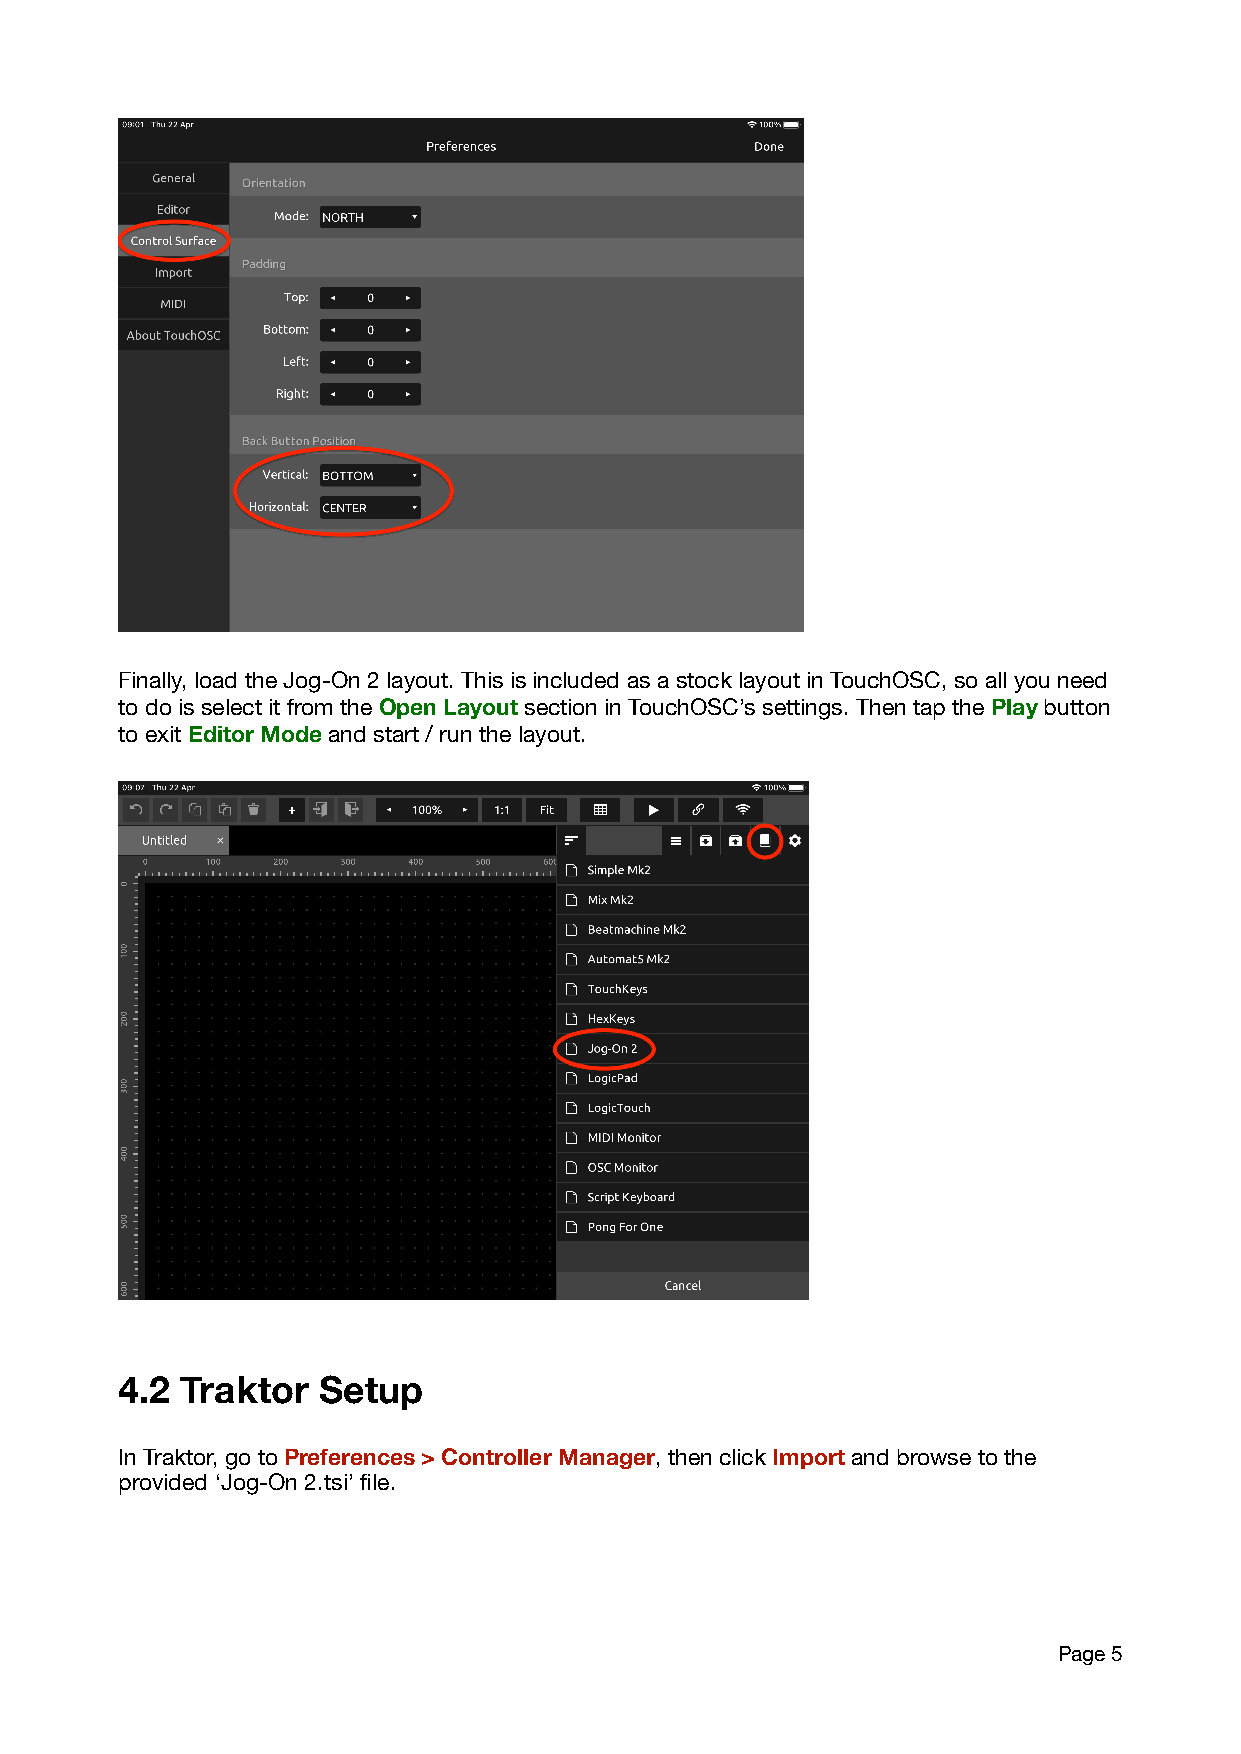
Finally, load the Jog-On 2 layout. This is included as a stock layout in TouchOSC, so all you need
 to do is select it from the Open Layout section in TouchOSC’s settings. Then tap the Play button
 to exit Editor Mode and start / run the layout.
 4.2 Traktor  Setup
 In Traktor, go to Preferences > Controller Manager, then click Import and browse to the
 provided ‘Jog-On 2.tsi’ file.
 Page 5